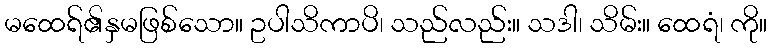
မထေရ်၏နှမဖြစ်သော။ ဥပါသိကာပိ၊ သည်လည်း။ သဒါ၊ သိမ်း။ ထေရံ၊ ကို။